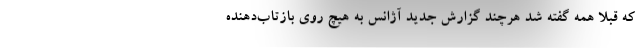
که قبلا همه گفته شد هرچند گزارش جدید آژانس به هیچ روی بازتاب‌دهنده